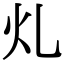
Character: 𭳿